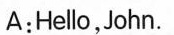
A:Hello,John.